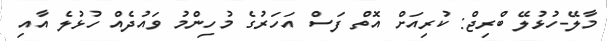
މާލޭ-ހުޅުލޭ ބްރިޖް: ކުރިއަށް އޮތް ފަސް އަހަރުގެ މުހިންމު ވައުދެއް ހުޅުލެ އާއި